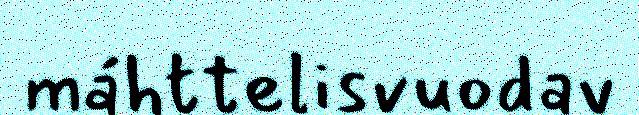
máhttelisvuodav